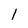
Character: 1